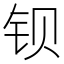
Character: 钡